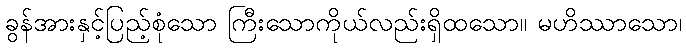
ခွန်အားနှင့်ပြည့်စုံသော ကြီးသောကိုယ်လည်းရှိထသော။ မဟိဿာသော၊